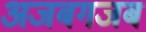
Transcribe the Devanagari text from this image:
अजबगजब